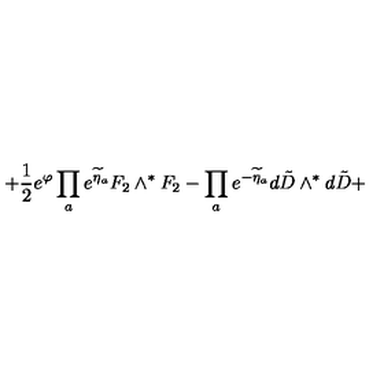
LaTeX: \left. + \frac { 1 } { 2 } e ^ { \varphi } \prod _ { a } e ^ { \widetilde \eta _ { a } } { F } _ { 2 } \wedge ^ { * } { F } _ { 2 } - \prod _ { a } e ^ { - \widetilde \eta _ { a } } d { \tilde { D } } \wedge ^ { * } d { \tilde { D } } + \right.